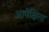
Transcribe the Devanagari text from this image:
आपेक्षिता